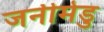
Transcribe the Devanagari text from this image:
जनीमेडु